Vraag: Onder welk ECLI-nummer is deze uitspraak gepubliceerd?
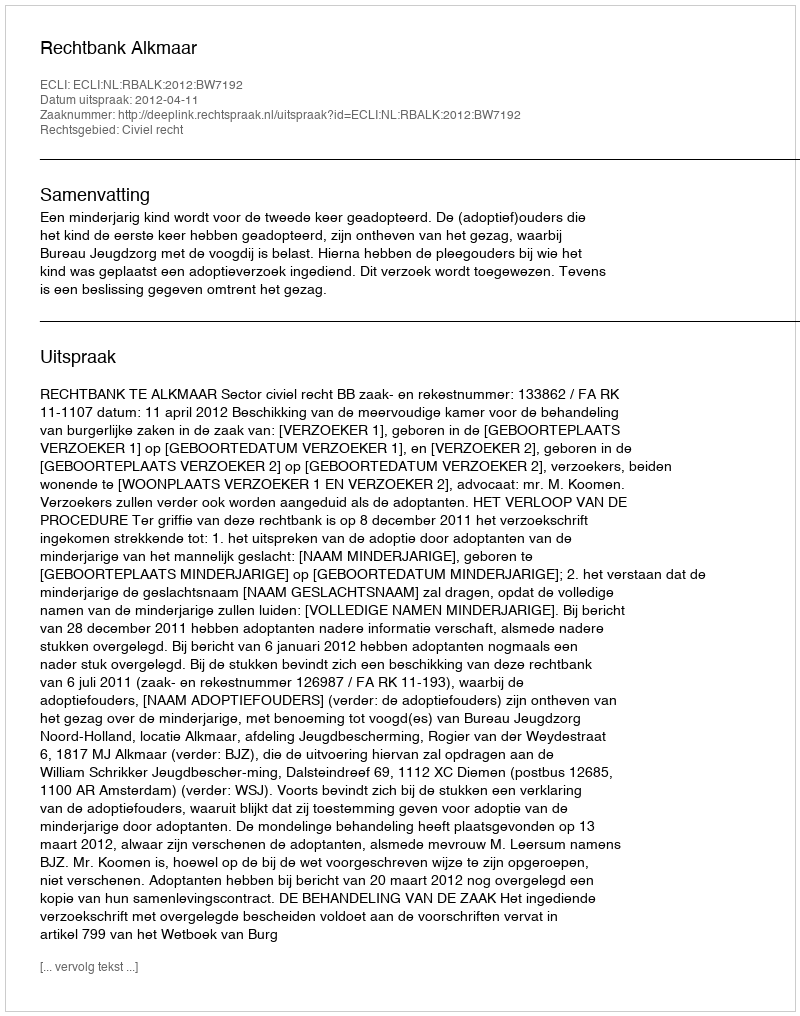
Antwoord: ECLI:NL:RBALK:2012:BW7192